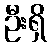
ဦးရှိ